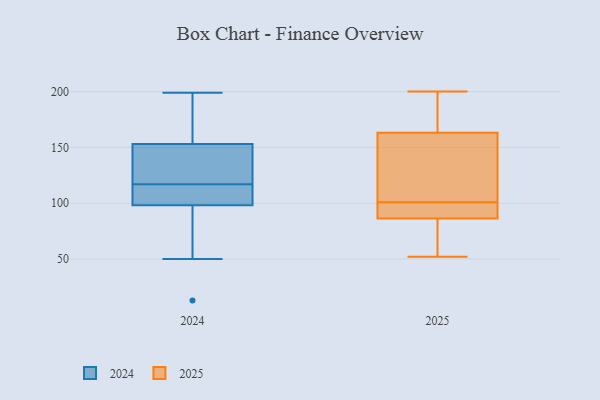
{"axis": {"x": "Page Views", "y": "Value"}, "legend": ["2024", "2025"], "data": [{"x": "", "y": 165, "type": "2025"}, {"x": "", "y": 158, "type": "2025"}, {"x": "", "y": 86, "type": "2025"}, {"x": "", "y": 181, "type": "2025"}, {"x": "", "y": 101, "type": "2025"}, {"x": "", "y": 87, "type": "2025"}, {"x": "", "y": 82, "type": "2025"}, {"x": "", "y": 87, "type": "2025"}, {"x": "", "y": 200, "type": "2025"}, {"x": "", "y": 124, "type": "2025"}, {"x": "", "y": 52, "type": "2025"}, {"x": "", "y": 50, "type": "2024"}, {"x": "", "y": 113, "type": "2024"}, {"x": "", "y": 199, "type": "2024"}, {"x": "", "y": 117, "type": "2024"}, {"x": "", "y": 102, "type": "2024"}, {"x": "", "y": 109, "type": "2024"}, {"x": "", "y": 13, "type": "2024"}, {"x": "", "y": 57, "type": "2024"}, {"x": "", "y": 167, "type": "2024"}, {"x": "", "y": 149, "type": "2024"}, {"x": "", "y": 165, "type": "2024"}, {"x": "", "y": 87, "type": "2024"}, {"x": "", "y": 147, "type": "2024"}, {"x": "", "y": 126, "type": "2024"}, {"x": "", "y": 113, "type": "2024"}, {"x": "", "y": 124, "type": "2024"}, {"x": "", "y": 180, "type": "2024"}]}